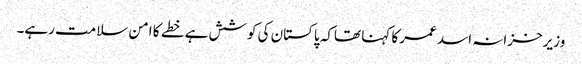
وزیرخزانہ اسد عمر کا کہنا تھاکہ پاکستان کی کوشش ہے خطے کا امن سلامت رہے۔